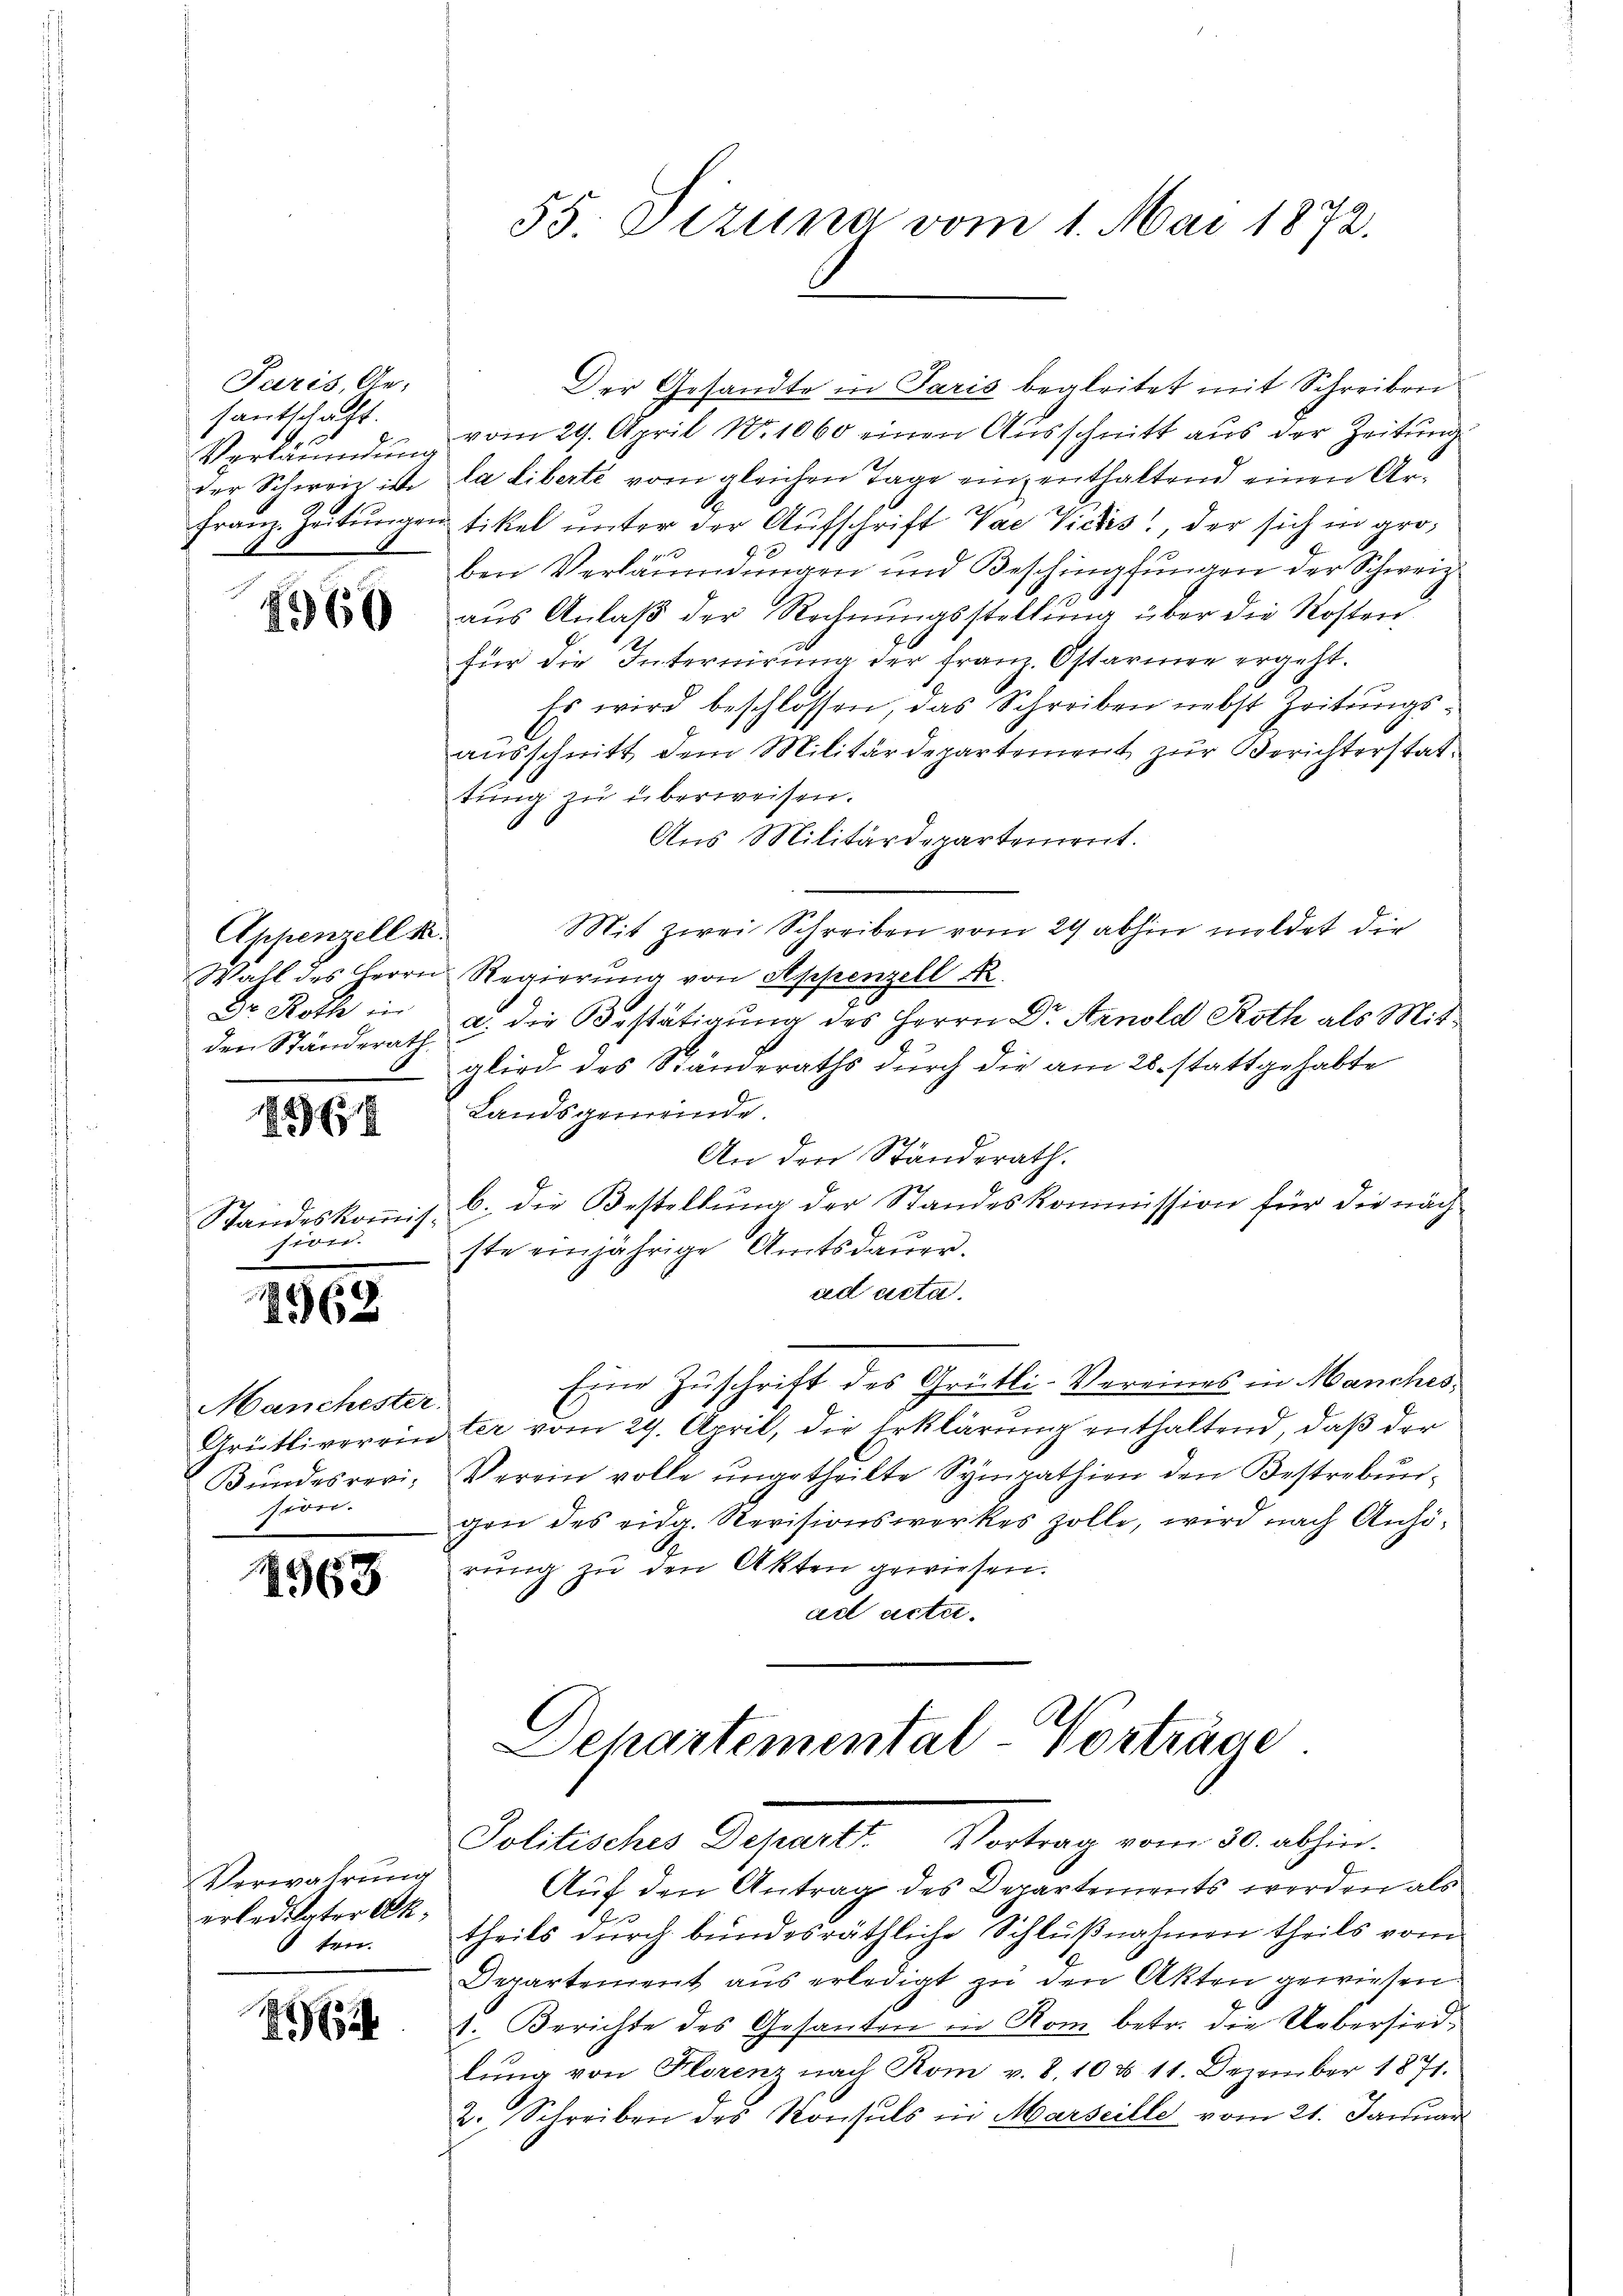
Paris, Ge-
santschaft.
der Schweiz ist

1960

Appenzell Sr.
Wall des Herrn
Dr Roth in
den Ständerath.

1296.

Standeskommis.
sion.

2962

Mancheste
Grütliverric
Bundesrevi-
sion.

568

Verwahrung
erledigter Akten.

162

Der Gesandte in Paris begleitet mit Schreiben
Verläumden vom 29. April N.1060 einen Ausschnitt aus der Zeitung
La liberte vom gleichen Tage einzenthaltend einen Ar¬
Franz-Zeitungen tikel unter der Aufschrift Vae Vickes der sich in groben Verläumdungen und Beschimpfŭngen der Schweiz.
aus Anlaβ der Rechnŭngsstellŭng über die Kosten
für die Internirung der Franz. Ostarien ergeht.
Es wird beschlossen, das Schreiben nebst Zeitungs-
ausschnitt dem Militärdepartement zur Berichterstattung zu überweisen.
Aus Militärdepartement.
Mit zwei Schreiben vom 29 abhin mildet die
Regierung von Appenzell A.
a. die Bestätigung des Herrn Dr Arnold Roth als Mitglied des Ständeraths durch die am 28. stattgehabte
Landsgemeinde.
An den Ständerath.
b.) die Bestellung der Standeskommission für die nächste einjährige Amtsdaŭer.
ad acta.
Eine Zuschrift des Grütli-Vereines in Manches,
s
Iter vom 29. April, die Erklärung enthaltend, daß der
Verein volle ungetheilte Sympathien den Bestrebungen des eidg. Revisionswerkes zolle, wird nach Anhörŭng zu den Akten gewiesen.
ad acte.

Auf den Antrag des Departements werden als
theils durch bundesräthliche Schlußnahmen theils vom
Departement aus erledigt zu den Akten gewiesen.
1. Berichte des Gesanten in Rom betr. die Uebersiedlŭng von Florenz nach Rom v. 8. 10 d. 11. Dezember 1871.
2. Schreiben des Konsuls in Marseille vom 21. Januar

55. Dezuna vom 1. Mai 1872.

Departemental-Vorträge
Politisches Depart. Vortrag vom 30. abhin